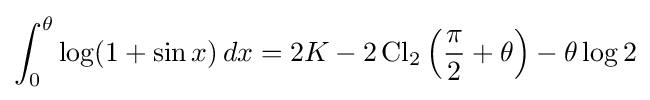
\int _{0}^{\theta }\log(1+\sin x)\,dx=2K-2\operatorname {Cl} _{2}\left({\frac {\pi }{2}}+\theta \right)-\theta \log 2